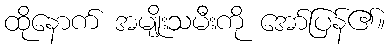
ထိုနောက် အမျိုးသမီးကို အော်ပြန်၏။